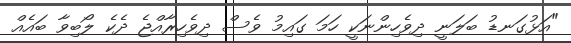
"އަޅުގަނޑު ބަލަނީ ދިވެހިންނަކީ ހަމަ ގައިމު ވެސް ދިވެހިރާއްޖެ ދެކެ ލޯބިވާ ބައެއް